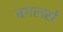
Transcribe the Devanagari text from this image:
बगलर्स